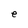
Character: e